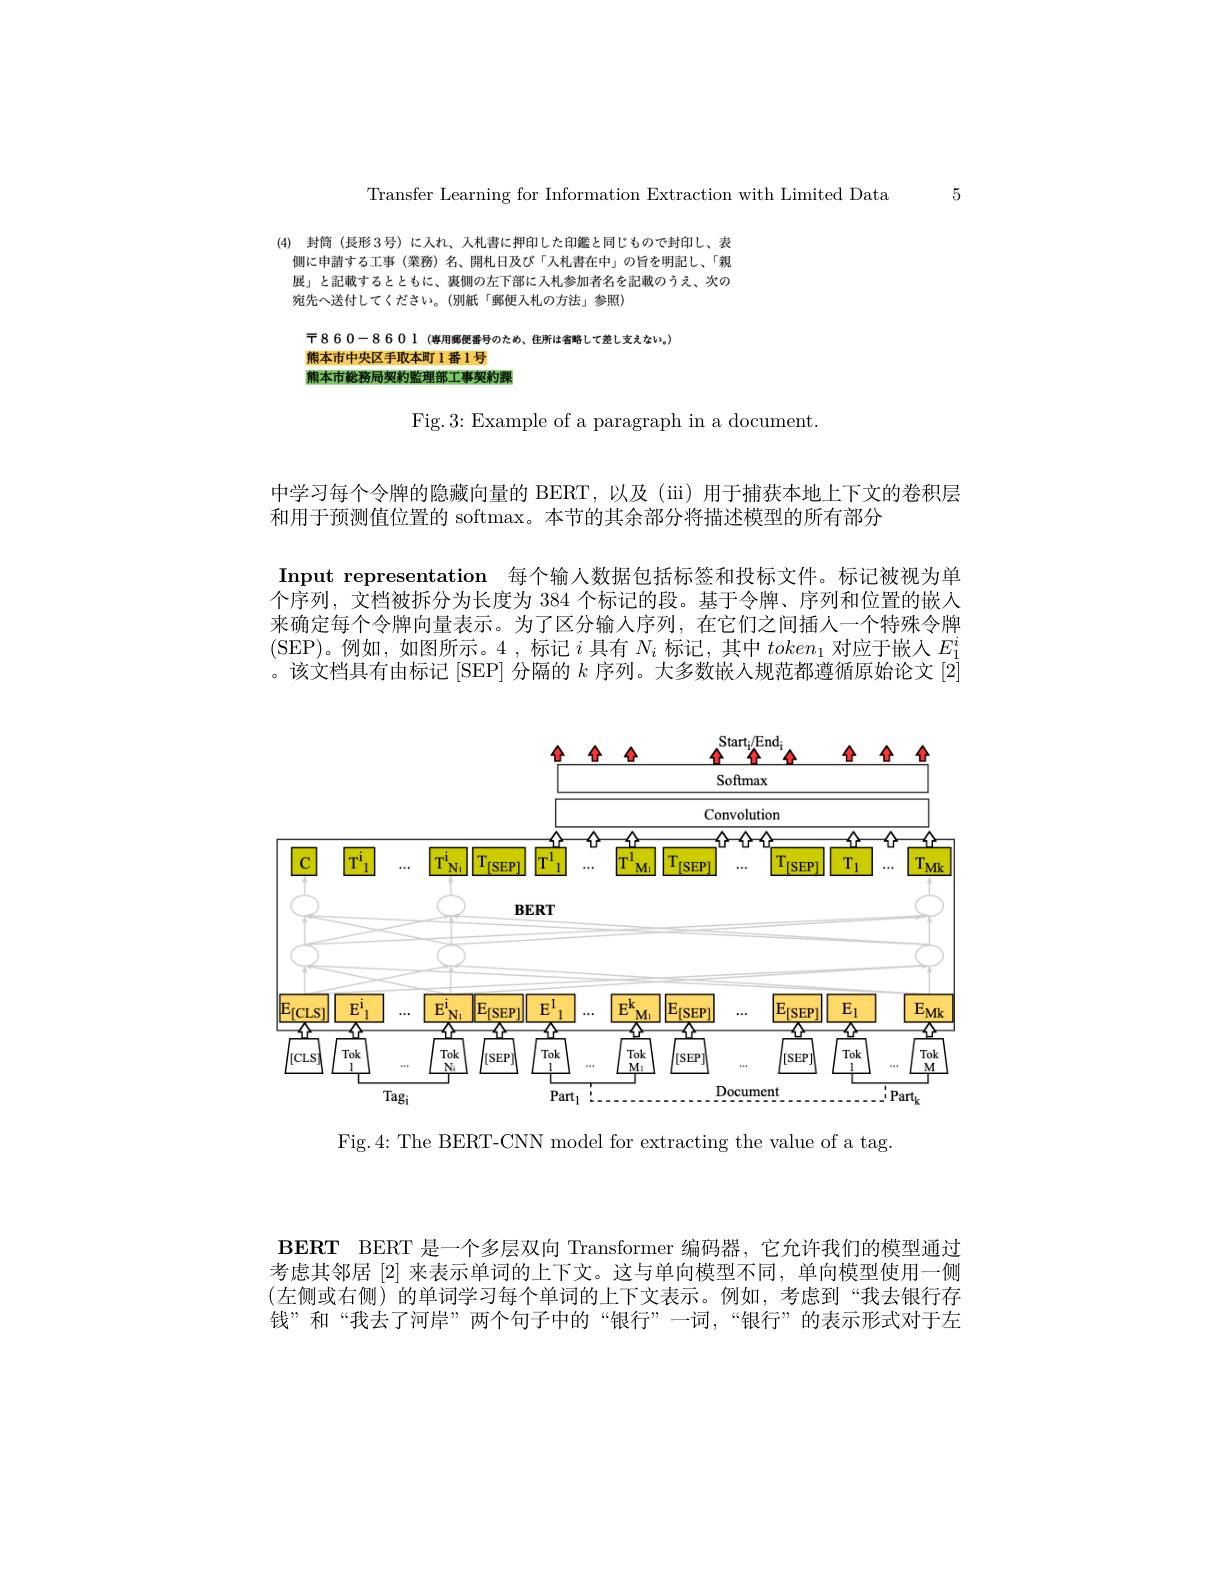
Transfer Learning for Information Extraction with Limited Data 5

(4) 封筒 (長形 3 号) に人れ、入札書に押印した印鑑と同じもので封印し、表
側に申請する工事 (業務)名、開札日及び「入札書在中」の旨を明記し、「親展」と記載するとともに、墓側の左下部に入札参加者名を記載のうえ、次の宛先へ送付してください。(別紙「郵便入札の方法」参照)

$\daleth860-8601$(喜用郵便番号のため、住所は省略して差し支えない。)
熊本市中央区手取本町 l 番 1 号
熊本市総務局契豹監理部工事契豹課

Fig.3: Example of a paragraph in a document.

中学习每个令牌的隐藏向量的 BERT, 以及 (iii) 用于捕获本地上下文的卷积层
和用于预测值位置的 softmax。本节的其余部分将描述模型的所有部分

Input representation 每个输入数据包括标签和投标文件。标记被视为单个序列，文档被拆分为长度为 384 个标记的段。基于令牌、序列和位置的嵌入来确定每个令牌向量表示。为了区分输人序列，在它们之间插人一个特殊令牌(SEP)。例如，如图所示。4 ,标记$i$具有$N_i$标记，其中$token_1$对应于嵌人$E_{\mathrm{i}}^{2}$ 。该文档具有由标记[SEP] 分隔的$k$序列。大多数嵌人规范都遵循原始论文$[2^{\mathrm{j}}]$

<FigureHere>

Fig.4: The BERT-CNN model for extracting the value of a tag.

BERT BERT 是一个多层双向 Transformer 编码器，它允许我们的模型通过考虑其邻居[2]来表示单词的上下文。这与单向模型不同，单向模型使用一侧(左侧或右侧)的单词学习每个单词的上下文表示。例如，考虑到“我去银行存钱”和“我去了河岸”两个句子中的“银行”一词，“银行”的表示形式对于左